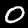
Digit: 0